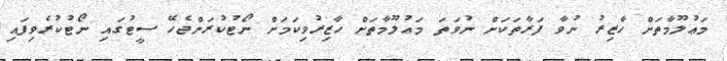
މަޢުލޫމާތަށް ހާޒިރު ނުވާ ފަރާތަކަށް ނުވަތަ މަޢުލޫމާތަށް ހާޒިރުވިކަމަށް ނޯޓުކުރަންޖެހޭ ސީޓުގައި ނޯޓުކުރެވިފައި